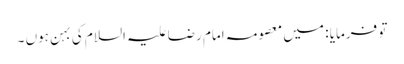
تو فرمایا : میں معصومہ امام رضا علیہ السلام کی بہن ہوں ۔